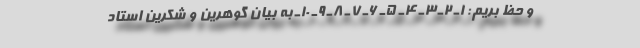
و حظ بریم: 1ـ 2ـ 3ـ 4ـ 5ـ 6ـ 7ـ 8ـ 9ـ 10ـ به بیان گوهرین و شکرین استاد